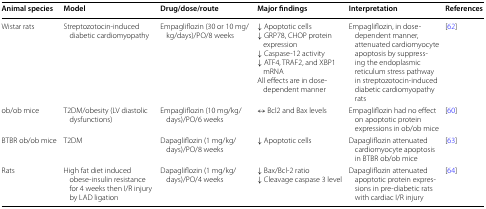
| Animal species | Model | Drug/dose/route | Major findings | Interpretation | References |
 | --- | --- | --- | --- | --- | --- |
 | Wistar rats | Streptozotocin-induced diabetic cardiomyopathy | Empagliflozin (30 or 10 mg/kg/days)/PO/8 weeks | ↓ Apoptotic cells↓ GRP78, CHOP protein expression↓ Caspase-12 activity↓ ATF4, TRAF2, and XBP1 mRNAAll effects are in dose-dependent manner | Empagliflozin, in dose-dependent manner, attenuated cardiomyocyte apoptosis by suppressing the endoplasmic reticulum stress pathway in streptozotocin-induced diabetic cardiomyopathy rats | [62] |
 | ob/ob mice | T2DM/obesity (LV diastolic dysfunctions) | Empagliflozin (10 mg/kg/days)/PO/6 weeks | ↔ Bcl2 and Bax levels | Empagliflozin had no effect on apoptotic protein expressions in ob/ob mice | [60] |
 | BTBR ob/ob mice | T2DM | Dapagliflozin (1 mg/kg/days)/PO/8 weeks | ↓ Apoptotic cells | Dapagliflozin attenuated cardiomyocyte apoptosis in BTBR ob/ob mice | [63] |
 | Rats | High fat diet induced obese-insulin resistance for 4 weeks then I/R injury by LAD ligation | Dapagliflozin (1 mg/kg/days)/PO/4 weeks | ↓ Bax/Bcl-2 ratio↓ Cleavage caspase 3 level | Dapagliflozin attenuated apoptotic protein expressions in pre-diabetic rats with cardiac I/R injury | [64] |